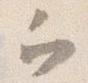
ヲ